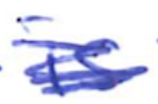
Text: is
Cross-out: scratch
Writing tool: ballpoint